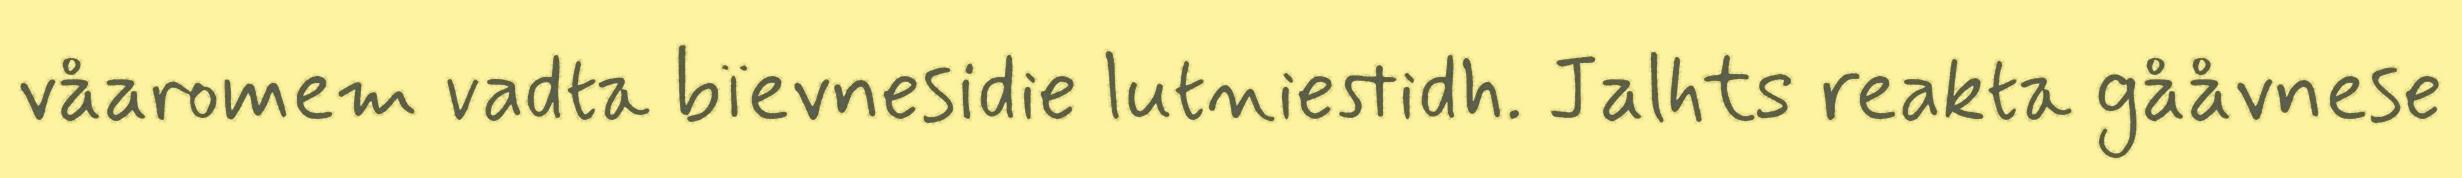
våaromem vadta bïevnesidie lutniestidh. Jalhts reakta gååvnese